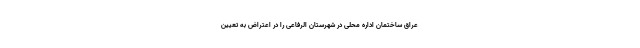
عراق ساختمان اداره محلی در شهرستان الرفاعی را در اعتراض به تعیین